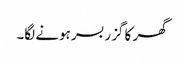
گھر کا گزر بسر ہونے لگا۔